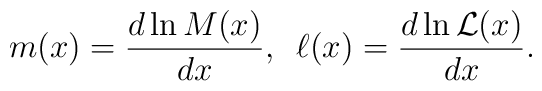
m(x) = \frac{d \ln{M(x)}}{d x},\,\,\,\ell(x) = \frac{d \ln{{\cal L}(x)}}{d x}.